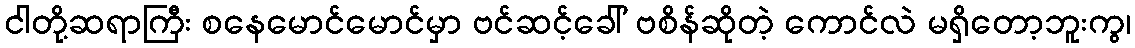
ငါတို့ဆရာကြီး စနေမောင်မောင်မှာ ဗင်ဆင့်ခေါ် ဗစိန်ဆိုတဲ့ ကောင်လဲ မရှိတော့ဘူးကွ၊